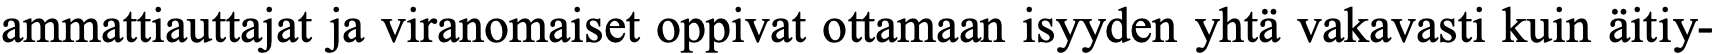
ammattiauttajat ja viranomaiset oppivat ottamaan isyyden yhtä vakavasti kuin äitiy-